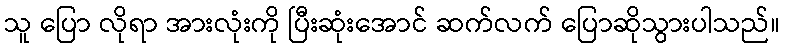
သူ ပြော လိုရာ အားလုံးကို ပြီးဆုံးအောင် ဆက်လက် ပြောဆိုသွားပါသည်။